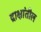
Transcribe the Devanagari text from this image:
द्राक्षांतील